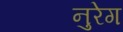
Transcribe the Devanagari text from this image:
नुरेग